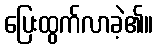
ပြေးထွက်လာခဲ့၏။